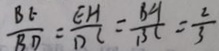
\frac { B E } { B D } = \frac { E H } { D C } = \frac { B A } { B C } = \frac { 2 } { 3 }